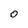
Character: O